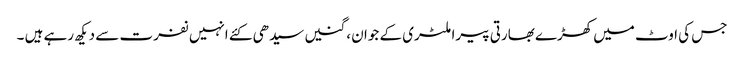
جس کی اوٹ میں کھڑے بھارتی پیرا ملٹری کے جوان ، گنیں سیدھی کئے انہیں نفرت سے دیکھ رہے ہیں ۔